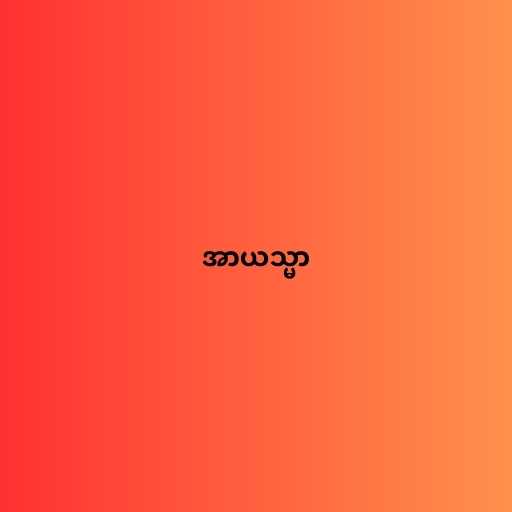
အာယသ္မာ